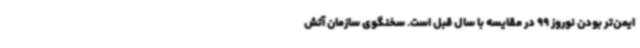
ایمن‌تر بودن نوروز 99 در مقایسه با سال قبل است. سخنگوی سازمان آتش